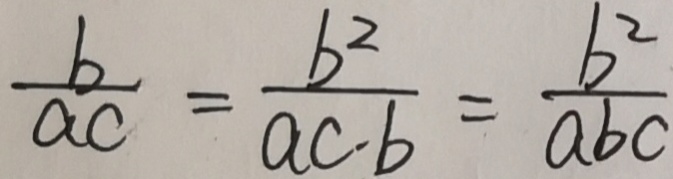
\frac { b } { a c } = \frac { b ^ { 2 } } { a c . b } = \frac { b ^ { 2 } } { a b c }